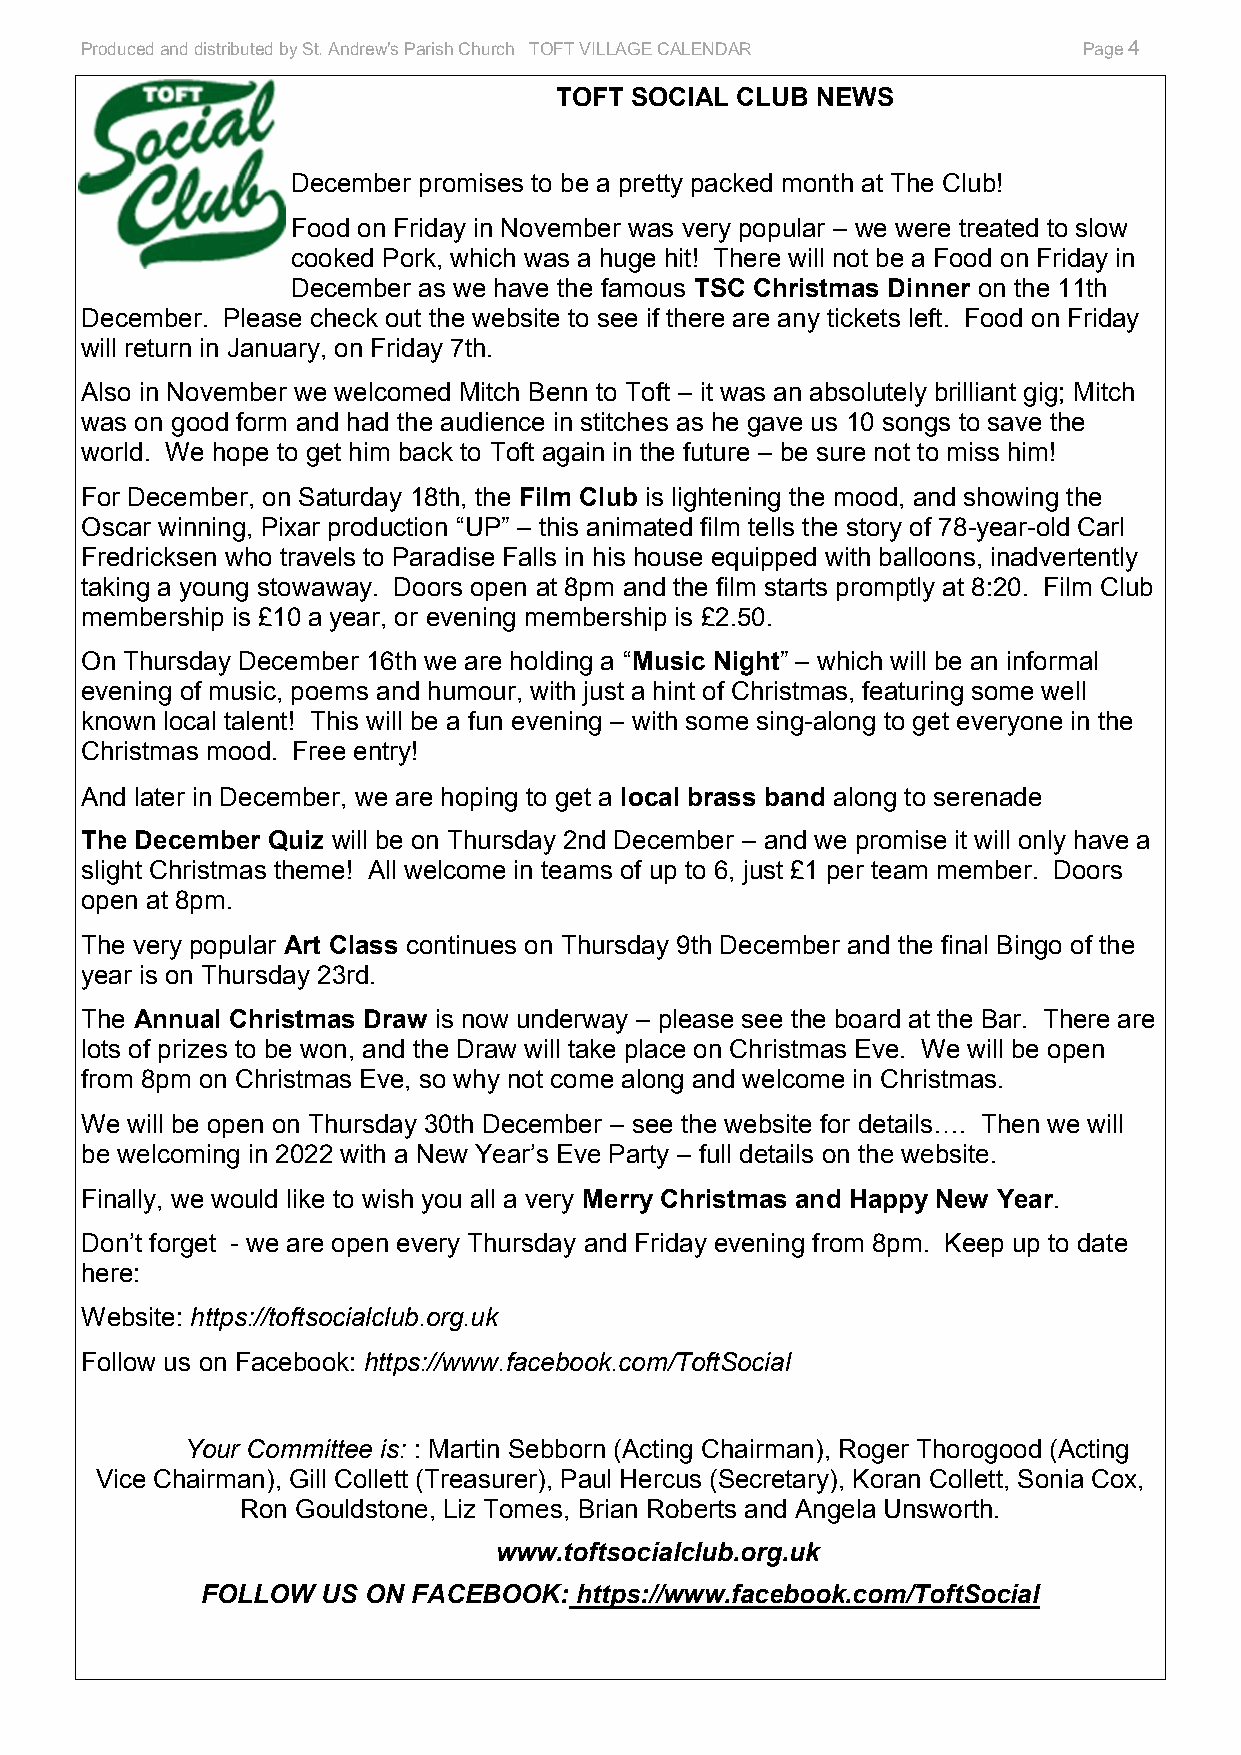
Produced and distributed by St. Andrew's Parish Church TOFT VILLAGE CALENDAR Page 4
 TOFT SOCIAL CLUB NEWS
 December promises to be a pretty packed month at The Club!
 Food on Friday in November was very popular – we were treated to slow
 cooked Pork, which was a huge hit! There will not be a Food on Friday in
 December as we have the famous TSC Christmas Dinner on the 11th
 December. Please check out the website to see if there are any tickets left. Food on Friday
 will return in January, on Friday 7th.
 Also in November we welcomed Mitch Benn to Toft – it was an absolutely brilliant gig; Mitch
 was on good form and had the audience in stitches as he gave us 10 songs to save the
 world. We hope to get him back to Toft again in the future – be sure not to miss him!
 For December, on Saturday 18th, the Film Club is lightening the mood, and showing the
 Oscar winning, Pixar production “UP” – this animated film tells the story of 78-year-old Carl
 Fredricksen who travels to Paradise Falls in his house equipped with balloons, inadvertently
 taking a young stowaway. Doors open at 8pm and the film starts promptly at 8:20. Film Club
 membership is £10 a year, or evening membership is £2.50.
 On Thursday December 16th we are holding a “Music Night” – which will be an informal
 evening of music, poems and humour, with just a hint of Christmas, featuring some well
 known local talent! This will be a fun evening – with some sing-along to get everyone in the
 Christmas mood. Free entry!
 And later in December, we are hoping to get a local brass band along to serenade
 The December Quiz will be on Thursday 2nd December – and we promise it will only have a
 slight Christmas theme! All welcome in teams of up to 6, just £1 per team member. Doors
 open at 8pm.
 The very popular Art Class continues on Thursday 9th December and the final Bingo of the
 year is on Thursday 23rd.
 The Annual Christmas Draw is now underway – please see the board at the Bar. There are
 lots of prizes to be won, and the Draw will take place on Christmas Eve. We will be open
 from 8pm on Christmas Eve, so why not come along and welcome in Christmas.
 We will be open on Thursday 30th December – see the website for details…. Then we will
 be welcoming in 2022 with a New Year’s Eve Party – full details on the website.
 Finally, we would like to wish you all a very Merry Christmas and Happy New Year.
 Don’t forget - we are open every Thursday and Friday evening from 8pm. Keep up to date
 here:
 Website: https://toftsocialclub.org.uk
 Follow us on Facebook: https://www.facebook.com/ToftSocial
 Your Committee is: : Martin Sebborn (Acting Chairman), Roger Thorogood (Acting
 Vice Chairman), Gill Collett (Treasurer), Paul Hercus (Secretary), Koran Collett, Sonia Cox,
 Ron Gouldstone, Liz Tomes, Brian Roberts and Angela Unsworth.
 www.toftsocialclub.org.uk
 FOLLOW  US ON FACEBOOK:  https://www.facebook.com/ToftSocial